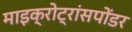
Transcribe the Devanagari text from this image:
माइक्रोट्रांसपोंडर